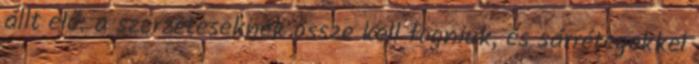
állt elő: a szerzeteseknek össze kell fogniuk, és sárrétegekkel